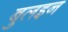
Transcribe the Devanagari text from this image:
बुलइन